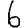
Digit: 6